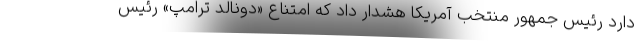
دارد رئیس جمهور منتخب آمریکا هشدار داد که امتناع «دونالد ترامپ» رئیس